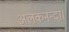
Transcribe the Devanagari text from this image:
अलकनन्दा।